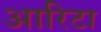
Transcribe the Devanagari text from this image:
आरिटा